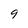
Character: 9